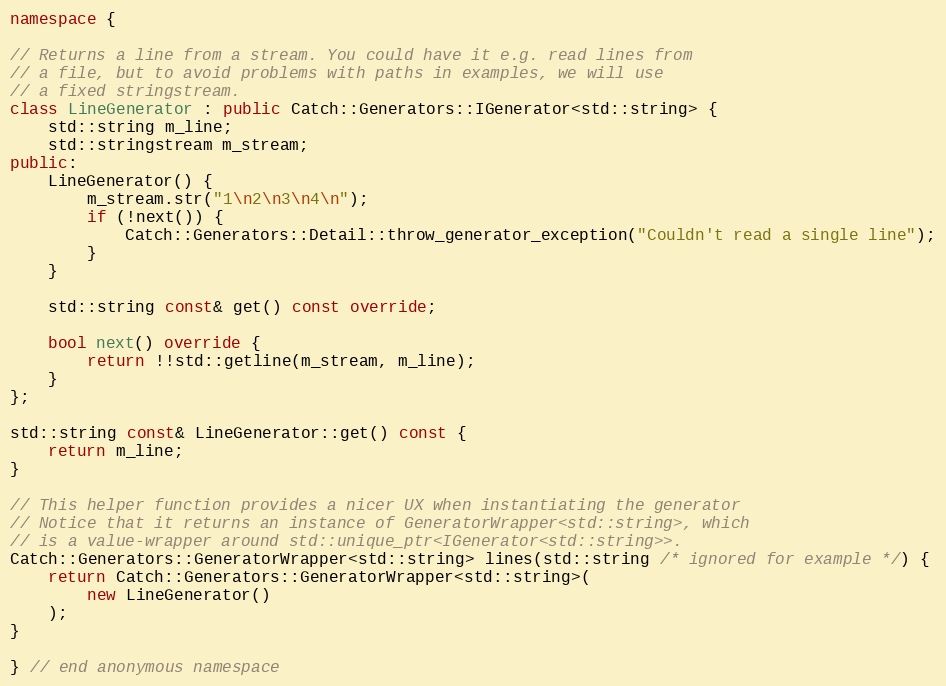
Language: C++
namespace {

// Returns a line from a stream. You could have it e.g. read lines from
// a file, but to avoid problems with paths in examples, we will use
// a fixed stringstream.
class LineGenerator : public Catch::Generators::IGenerator<std::string> {
    std::string m_line;
    std::stringstream m_stream;
public:
    LineGenerator() {
        m_stream.str("1\n2\n3\n4\n");
        if (!next()) {
            Catch::Generators::Detail::throw_generator_exception("Couldn't read a single line");
        }
    }

    std::string const& get() const override;

    bool next() override {
        return !!std::getline(m_stream, m_line);
    }
};

std::string const& LineGenerator::get() const {
    return m_line;
}

// This helper function provides a nicer UX when instantiating the generator
// Notice that it returns an instance of GeneratorWrapper<std::string>, which
// is a value-wrapper around std::unique_ptr<IGenerator<std::string>>.
Catch::Generators::GeneratorWrapper<std::string> lines(std::string /* ignored for example */) {
    return Catch::Generators::GeneratorWrapper<std::string>(
        new LineGenerator()
    );
}

} // end anonymous namespace